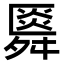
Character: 䑞